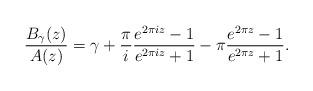
LaTeX: \begin{align*}\frac{B_\gamma(z)}{A(z)} = \gamma +\frac{\pi}{i} \frac{e^{2\pi i z} - 1}{e^{2\pi i z} +1}- \pi \frac{e^{2\pi z} - 1}{e^{2\pi z} +1}. \end{align*}